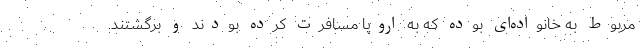
مربوط به خانواده‌ای بوده که به اروپا مسافرت کرده بودند و برگشتند.